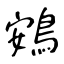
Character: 鴳